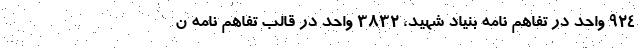
۹۲۴ واحد در تفاهم نامه بنیاد شهید، ۳۸۳۲ واحد در قالب تفاهم نامه ن